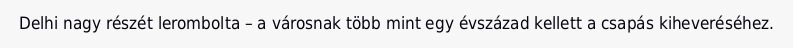
Delhi nagy részét lerombolta – a városnak több mint egy évszázad kellett a csapás kiheveréséhez.